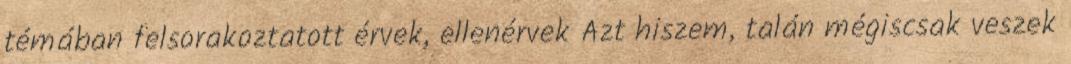
témában felsorakoztatott érvek, ellenérvek Azt hiszem, talán mégiscsak veszek